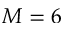
M = 6